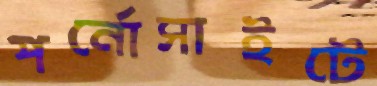
পর্নোসাইটে